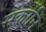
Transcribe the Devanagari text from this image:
सर्कोनि